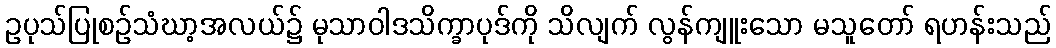
ဥပုသ်ပြုစဉ်သံဃာ့အလယ်၌ မုသာဝါဒသိက္ခာပုဒ်ကို သိလျက် လွန်ကျူးသော မသူတော် ရဟန်းသည်